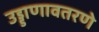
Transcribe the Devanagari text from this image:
उड्डाणावतरणे